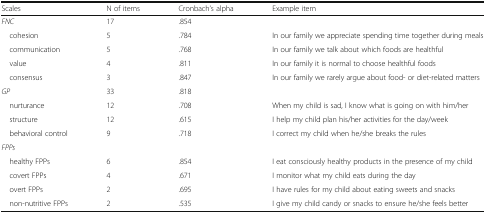
| Scales | N of items | Cronbach’s alpha | Example item |
 | --- | --- | --- | --- |
 | FNC | 17 | .854 |  |
 | cohesion | 5 | .784 | In our family we appreciate spending time together during meals |
 | communication | 5 | .768 | In our family we talk about which foods are healthful |
 | value | 4 | .811 | In our family it is normal to choose healthful foods |
 | consensus | 3 | .847 | In our family we rarely argue about food- or diet-related matters |
 | GP | 33 | .818 |  |
 | nurturance | 12 | .708 | When my child is sad, I know what is going on with him/her |
 | structure | 12 | .615 | I help my child plan his/her activities for the day/week |
 | behavioral control | 9 | .718 | I correct my child when he/she breaks the rules |
 | <COLSPAN=4> FPPs |
 | healthy FPPs | 6 | .854 | I eat consciously healthy products in the presence of my child |
 | covert FPPs | 4 | .671 | I monitor what my child eats during the day |
 | overt FPPs | 2 | .695 | I have rules for my child about eating sweets and snacks |
 | non-nutritive FPPs | 2 | .535 | I give my child candy or snacks to ensure he/she feels better |